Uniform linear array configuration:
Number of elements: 12
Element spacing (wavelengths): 0.5
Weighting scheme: binomial
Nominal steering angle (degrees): -60
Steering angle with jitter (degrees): -58.679
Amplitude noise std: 0.05
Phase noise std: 0.05

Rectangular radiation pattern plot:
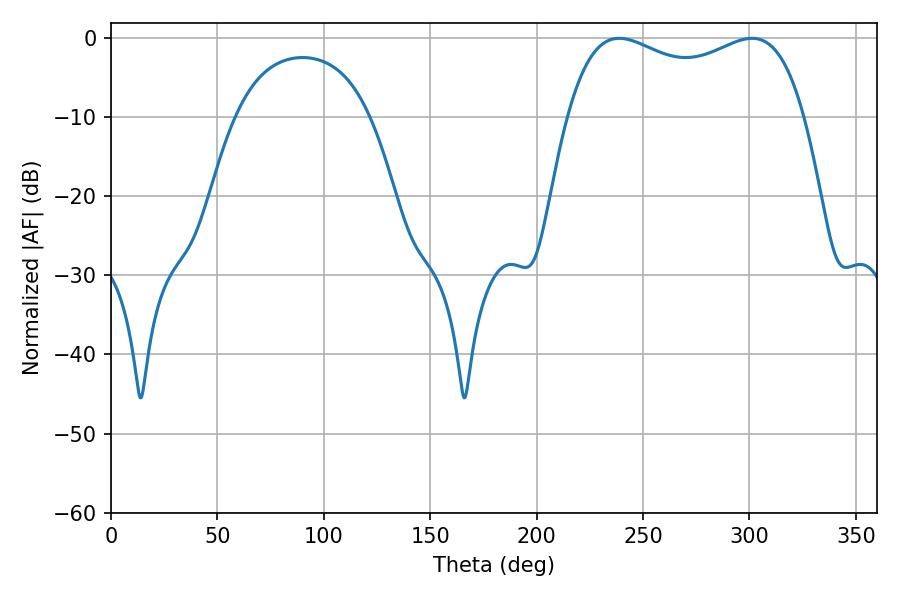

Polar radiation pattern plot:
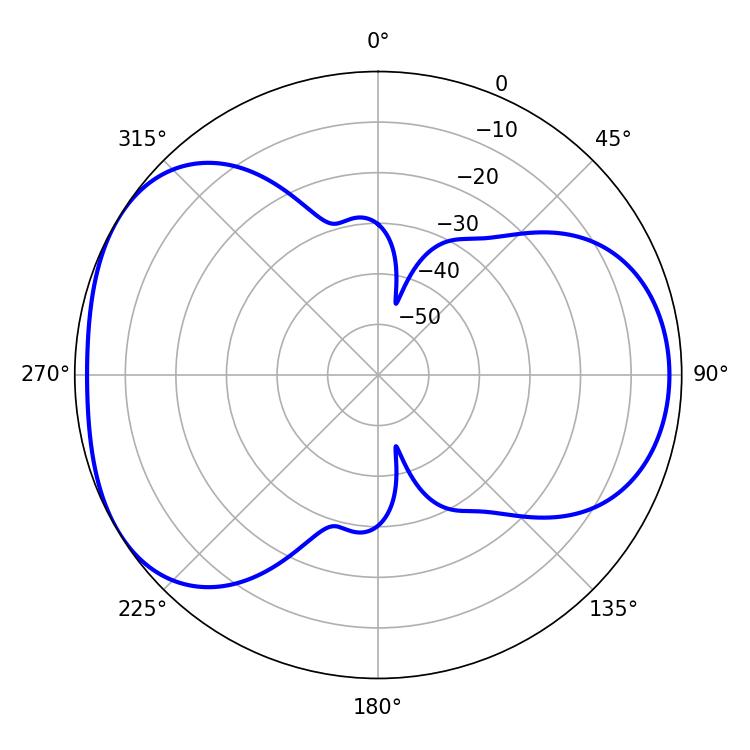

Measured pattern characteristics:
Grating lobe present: FALSE
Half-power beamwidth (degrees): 91.8
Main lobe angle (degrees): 238.86